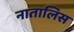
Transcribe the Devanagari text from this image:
नातालिस